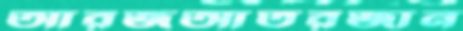
আরজআতরজান